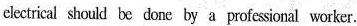
eletrical should be done by a professional worker.